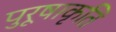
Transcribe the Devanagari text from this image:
पुरूषाकृति